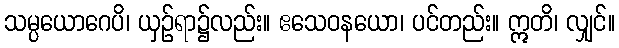
သမ္ပယောဂေပိ၊ ယှဉ်ရာ၌လည်း။ ဧသေဝနယော၊ ပင်တည်း။ ဣတိ၊ လျှင်။